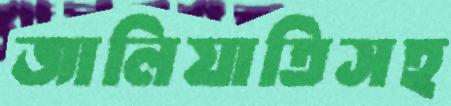
জালিয়াতিসহ